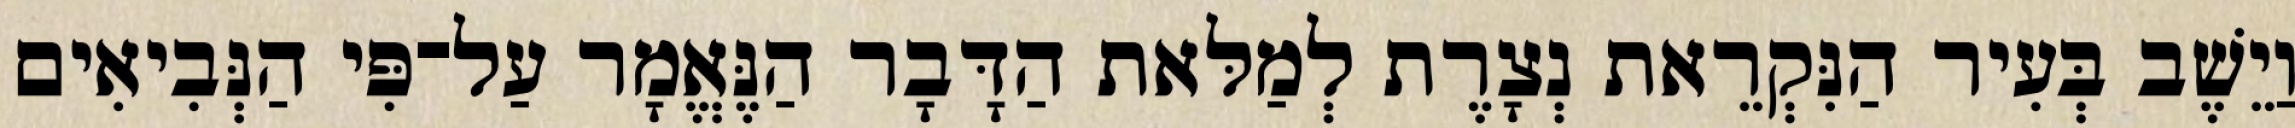
וַיֵשֶׁב בְּעִיר הַנִּקְרֵאת נְצָרֶת לְמַלּאת הַדָּבָר הַנֶּאֱמָר עַל־פִּי הַנְּבִיאִים